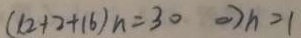
( 1 2 + 2 + 1 6 ) n = 3 0 \Rightarrow h = 1